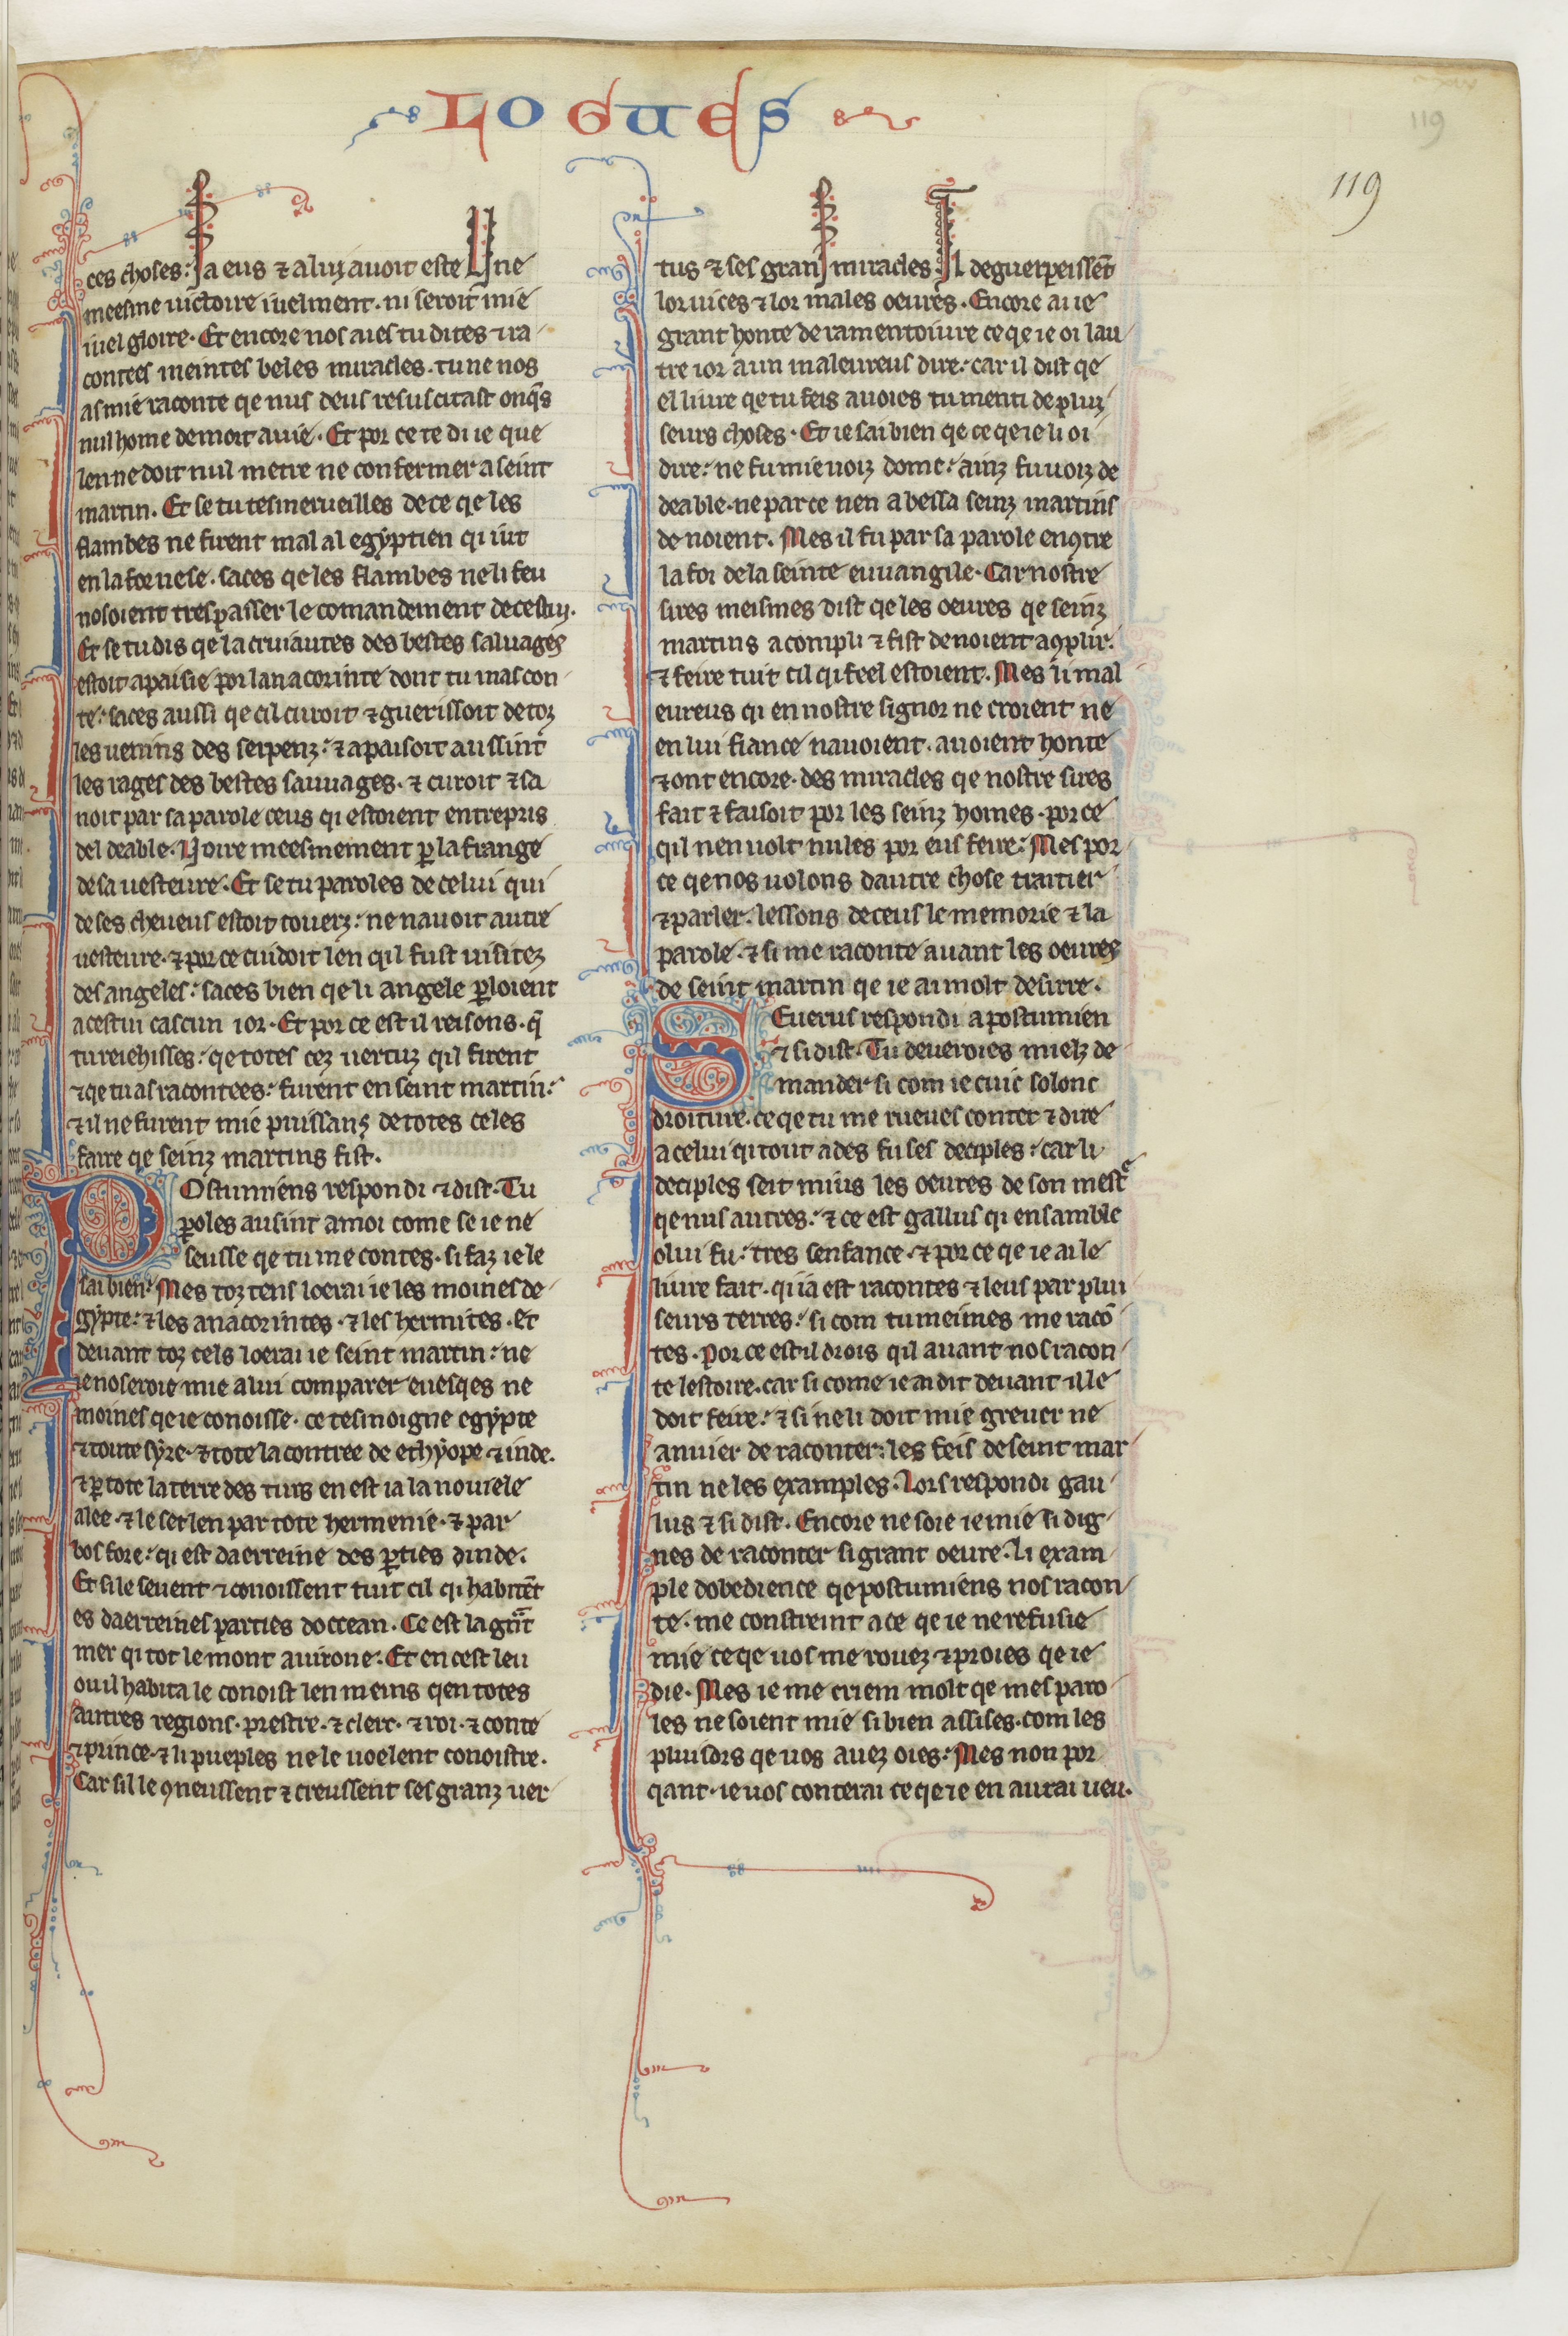
Shelfmark: Paris, BnF, fr. 412
Century: 13